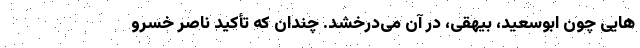
هایی چون ابو‌سعید، بیهقی، در آن می‌درخشد. چندان که تأکید ناصر خسرو